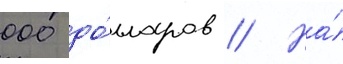
000 до́лларов // На́